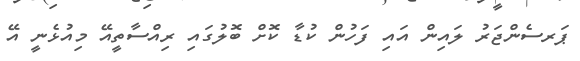
ޕަރސެންޖަރު ލައިން އައި ފަހުން ކުޑާ ކޮށް ބޮލުގައި ރިއްސާތީއޭ މިއުޅެނީ އޭ